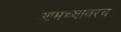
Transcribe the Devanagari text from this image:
आमच्यावरच